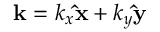
\mathbf { k } = k _ { x } \mathbf { \hat { x } } + k _ { y } \mathbf { \hat { y } }